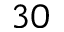
3 0